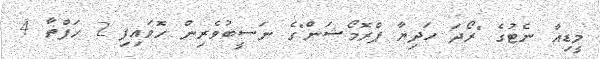
މީޑިއާ ނެޓުގެ "ރޯދަ ހަދިޔާ ޕްރޮމޯޝަން"ގެ ނަސީބުވެރިން ހޮވައިފި 2 ހަފްތާ 4